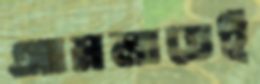
আমলাতেই